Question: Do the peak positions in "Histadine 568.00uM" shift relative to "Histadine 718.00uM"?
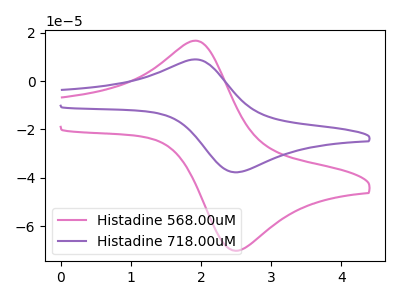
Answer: <think>The pink curve "Histadine 568.00uM" has an anodic peak at (1.90V, 16.75uA) and a cathodic peak at (2.55V, -70.15uA). The purple curve "Histadine 718.00uM" has an anodic peak at (1.90V, 9.00uA) and a cathodic peak at (2.55V, -37.70uA).
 All the peaks in "Histadine 568.00uM" have a peak in "Histadine 718.00uM" at the same potential. Every peak in "Histadine 568.00uM" is higher than every peak in "Histadine 718.00uM".</think>
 <answer>No, "Histadine 568.00uM" and "Histadine 718.00uM" don't appear to be significantly different in shape</answer>
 <eval>no_change</eval>